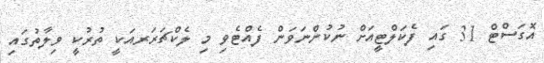
އޮގަސްޓް 31 ގައި ފެކަލްޓީއަށް ނުކުންނަވަން ފެއްޓެވި މި ލެކްޗަރަރއަކީ ތުރުކީ ވިލާތުގައި